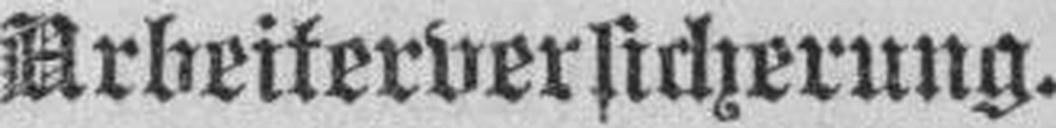
Arbeiterversicherung.